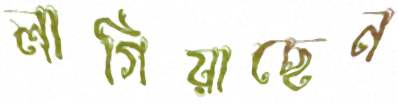
লাগিয়াছেন